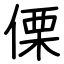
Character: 傈